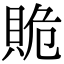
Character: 𧵥